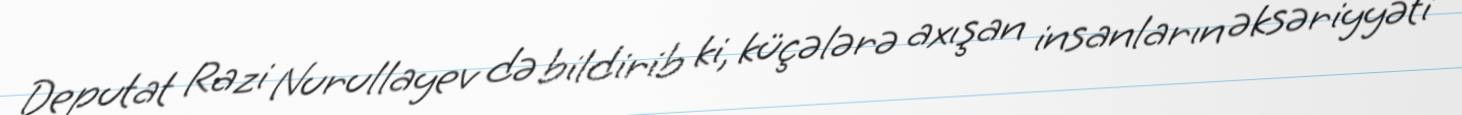
Deputat Razi Nurullayev də bildirib ki, küçələrə axışan insanların əksəriyyəti